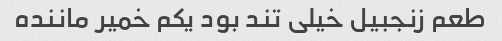
طعم زنجبیل خیلی تند بود یکم خمیر ماننده